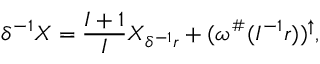
\delta ^ { - 1 } X = \frac { I + 1 } { I } X _ { \delta ^ { - 1 } r } + ( \omega ^ { \# } ( I ^ { - 1 } r ) ) ^ { \uparrow } ,